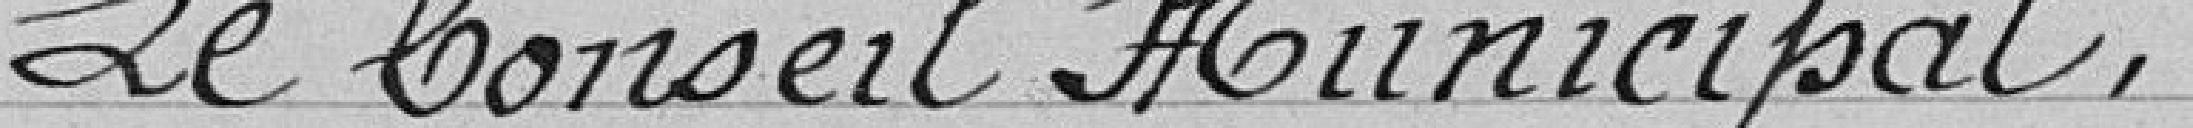
Le Conseil Municipal,